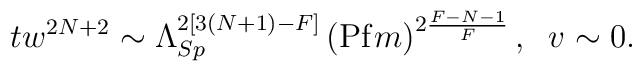
t w^{2N+2} \sim \Lambda_{Sp}^{2 [3(N+1)-F]}    \left({\rm Pf} m\right)^{2\frac{F-N-1}{F}}, \; \;  v \sim 0.